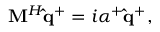
\mathbf { M } ^ { H } \mathbf { \hat { q } } ^ { + } = i \alpha ^ { + } \mathbf { \hat { q } } ^ { + } ,